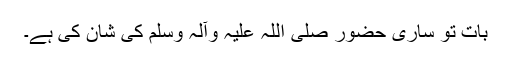
بات تو ساری حضور صلی اللہ علیہ وآلہ وسلم کی شان کی ہے۔